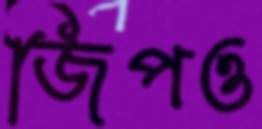
জিপও